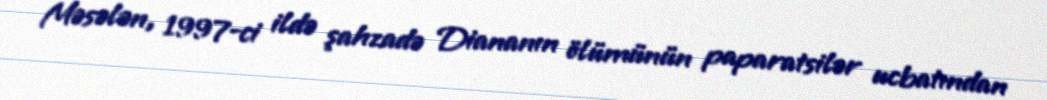
Məsələn, 1997-ci ildə şahzadə Diananın ölümünün paparatsilər ucbatından